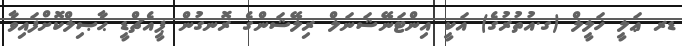
ޑރ ޢަލީ ޚަލީލް (ގ.އުތުރުގެ) އަކީ އިންޓަނޭޝަނަލް ރިލޭޝަންގެ ރޮނގުން ޕީއެޗްޑީ ޙާޞިލްކޮށްފައިވާ